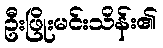
ဦးဖြိုးမင်းသိန်း၏